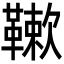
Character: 𩌱